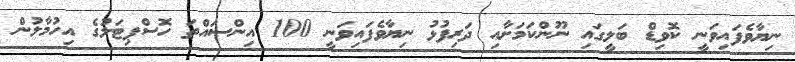
ނިޔާވެފައިވަނީ ކޮވިޑް ބަލީގައި ނޫންކަމަށާއި ދަރިފުޅު ނިޔާވެފައިވަނީ 100 އިންސައްތަ ހޮސްޕިޓަލުގެ އިހުމާލުން